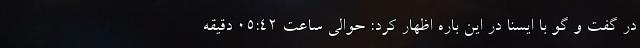
در گفت و گو با ایسنا در این باره اظهار کرد: حوالی ساعت ٠۵:۴٢ دقیقه